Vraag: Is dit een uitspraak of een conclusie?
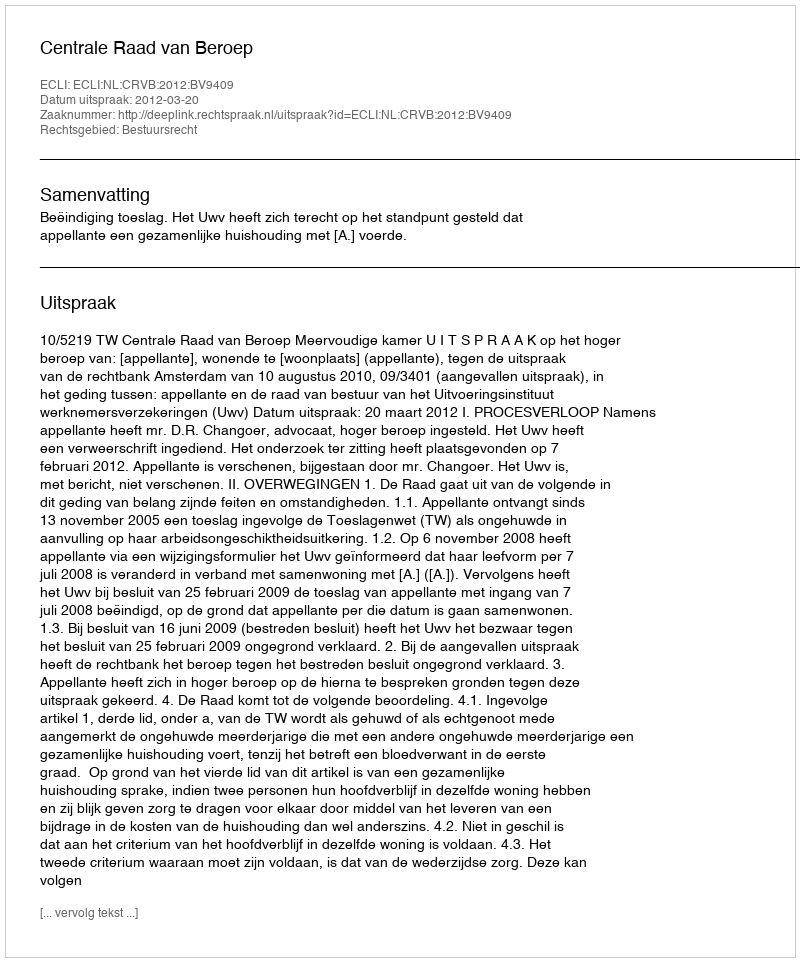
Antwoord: Uitspraak